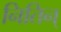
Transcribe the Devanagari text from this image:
नितिन्